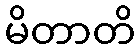
မိတာတိ